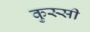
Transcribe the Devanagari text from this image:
कुस्सी